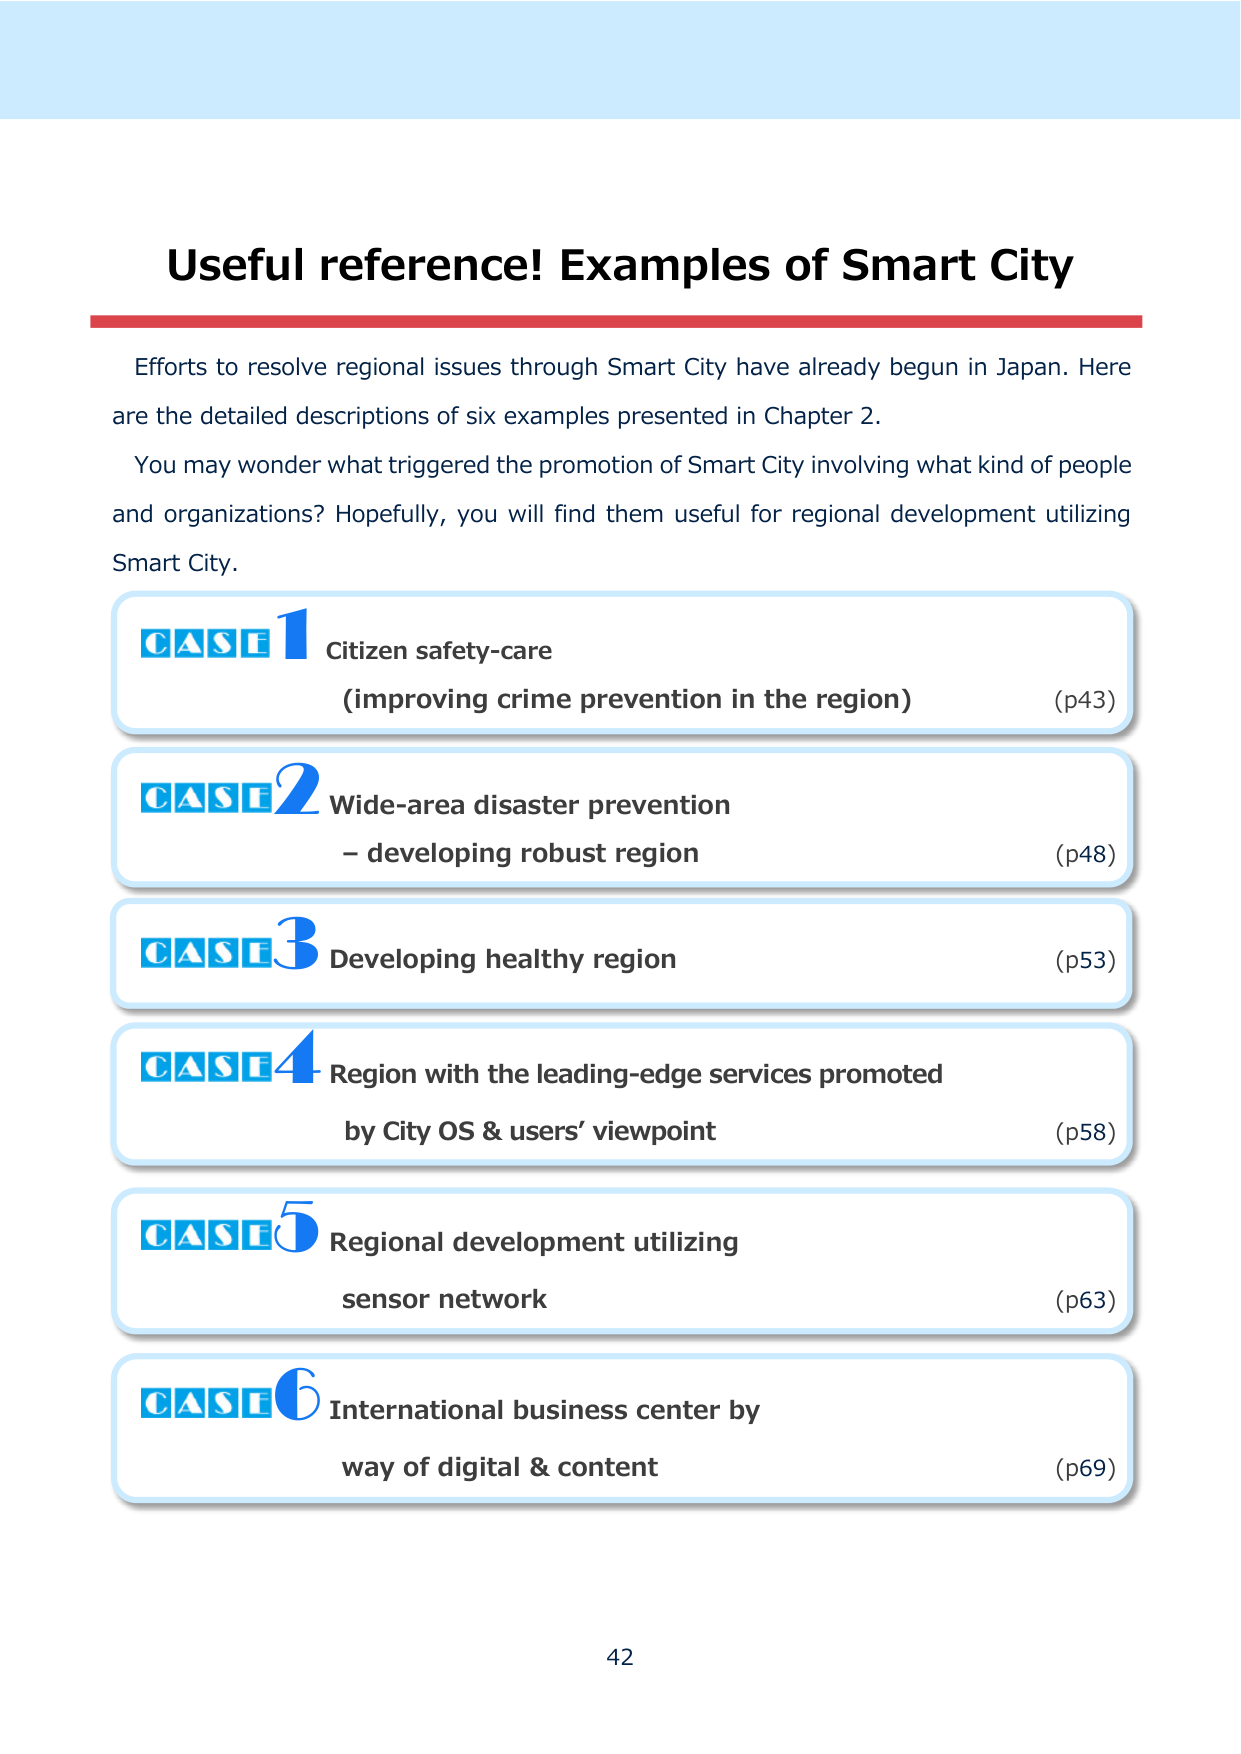
Useful reference! Examples of Smart City

Efforts to resolve regional issues through Smart City have already begun in Japan. Here are the detailed descriptions of six examples presented in Chapter 2.
You may wonder what triggered the promotion of Smart City involving what kind of people and organizations? Hopefully, you will find them useful for regional development utilizing Smart City.

CASE 1 Citizen safety-care
(improving crime prevention in the region) (p43)

CASE 2 Wide-area disaster prevention
– developing robust region (p48)

CASE 3 Developing healthy region (p53)

CASE 4 Region with the leading-edge services promoted
by City OS & users’ viewpoint (p58)

CASE 5 Regional development utilizing
sensor network (p63)

CASE 6 International business center by
way of digital & content (p69)

42